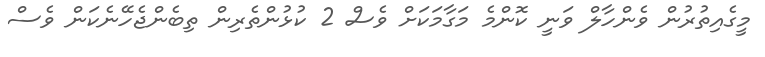
މީގެއިތުރުން ވެންހާލް ވަނީ ކޮންމެ މަގާމަކަށް ވެސް 2 ކުޅުންތެރިން ތިބެންޖެހޭނެކަން ވެސް